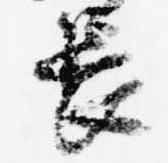
長